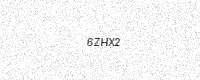
Text: 6ZHX2